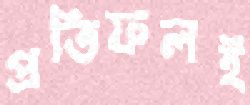
প্রতিফলই